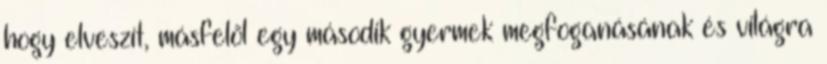
hogy elveszít, másfelõl egy második gyermek megfoganásának és világra